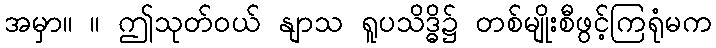
အမှာ။ ။ ဤသုတ်ဝယ် နျာသ ရူပသိဒ္ဓိ၌ တစ်မျိုးစီဖွင့်ကြရုံမက